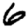
Digit: 6